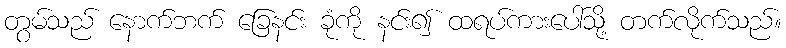
တွမ်သည် နောက်ဘက် ခြေနင်း ခုံကို နင်း၍ ထရပ်ကားပေါ်သို့ တက်လိုက်သည်။